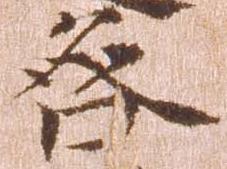
咎